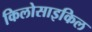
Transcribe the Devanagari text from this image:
किलोसाइकिल